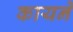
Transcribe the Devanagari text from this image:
कायने